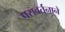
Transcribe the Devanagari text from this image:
परावर्तनाने